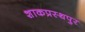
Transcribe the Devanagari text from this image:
शाकप्रस्थपुर